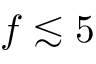
f \lesssim 5